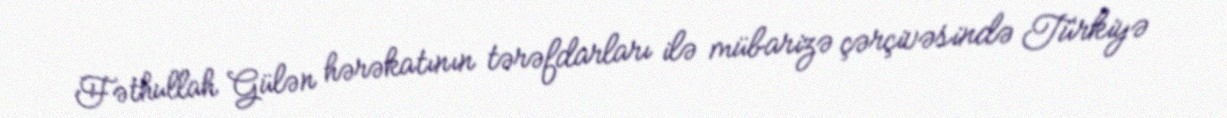
Fəthullah Gülən hərəkatının tərəfdarları ilə mübarizə çərçivəsində Türkiyə